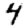
Digit: 4